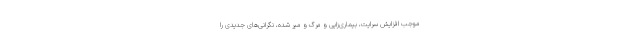
موجب افزایش سرایت، بیماری‌زایی و مرگ و میر شده، نگرانی‌های جدیدی را